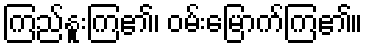
ကြည်နူးကြ၏၊ ဝမ်းမြောက်ကြ၏။